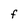
Character: F